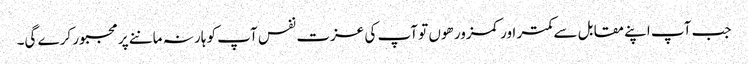
جب آپ اپنے مقابل سے کمتر اور کمزور هوں تو آپ کی عزت نفس آپ کو ہار نہ ماننے پر مجبور کرے گی۔